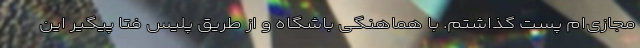
مجازی‌ام پُست گذاشتم. با هماهنگی باشگاه و از طریق پلیس فتا پیگیر این